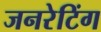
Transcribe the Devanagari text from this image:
जनरेटिंग